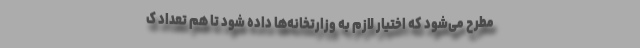
مطرح می‌شود که اختیار لازم به وزارتخانه‌ها داده شود تا هم تعداد ک